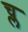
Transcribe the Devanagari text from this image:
च्ल